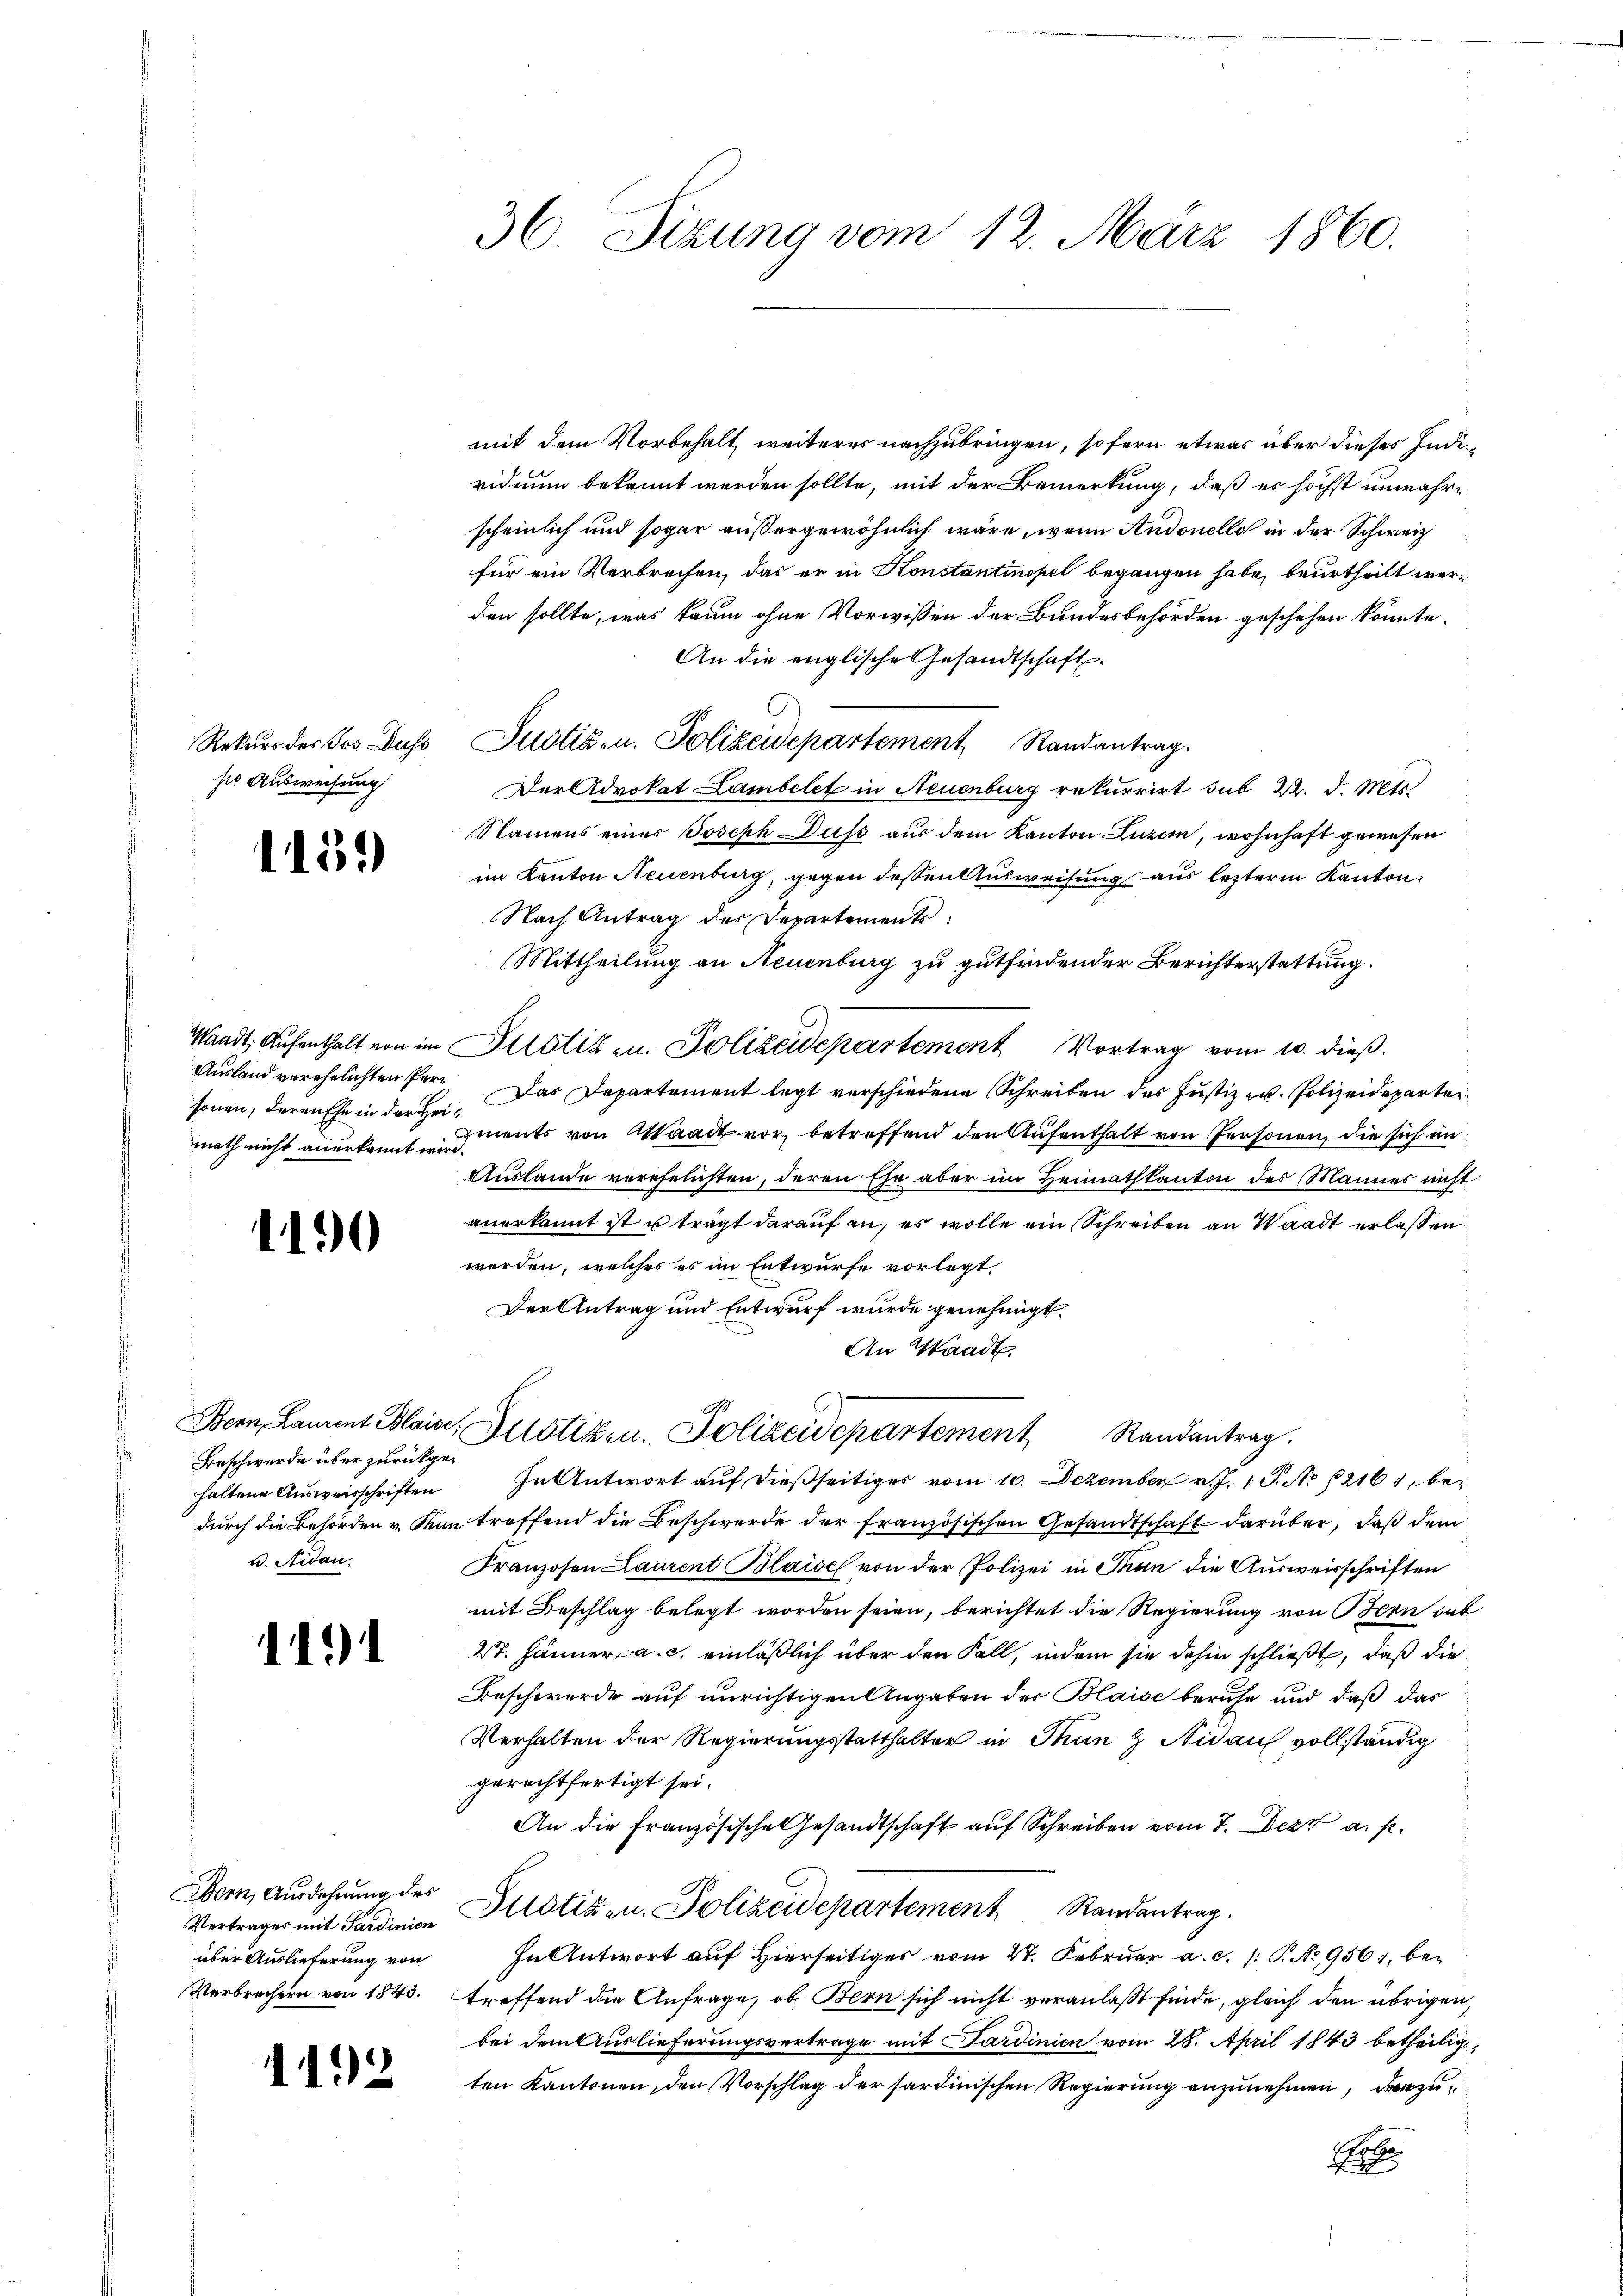
ser Ausweisung

1451)

Ausland verehelichten Personen, deren Ehe in der Hei¬

1190

Beschwerde über zurückgev. Nidau,

11)

Bern, Ausdehnung des
Vertrages mit Sardinien
Verbrechern von 1843.

1192

36. Sizung vom 12. März 1860.

mit dem Vorbehalt weiteres nachzubringen, sofern etwas über dieses Individium bekannt werden sollte, mit der Bemerkung, daß es höchst unwahrscheinlich und sogar außergewöhnlich wäre, wenn Andonello in der Schweiz
für ein Verbrechen, das er in Konstantinopel begangen habe, beurtheilt werden sollte, was kaum ohne Vorwissen der Bundesbehörden geschehen könnte.
An die englische Gesandtschaft
Rekurs der Jos. Duss, Justigen. Polizeidepartement Randantrag.
Der Advokat Lambelet in Neuenburg rekurrirt sub 22. d. Mts.
Namens einer Joseph Duss aus dem Kanton Luzern, wohnhaft gewesen
im Kanton Neuenburg, gegen dessen Ausweisung aus lezterm Kanton
Nach Antrag des Departements
Mittheilung an Neuenburg zu gutfindender Berichterstattung.
Waadt, Aufenthalt von im Justiz zu. Polizeidepartement Vortrag vom 10. dieß.
Das Departement legt verschiedene Schreiben des Justiz u. Polizeideparten
math nicht anerkannt ents von Waadt vor, betreffend den Aufenthalt von Personen, die sich in
Auslande verehelichten, deren Ehe aber im Heimathkanton des Mannes nicht
anerkannt ist u trägt darauf an, es wolle ein Schreiben an Waadt erlassen
werden, welches es im Entwurfe vorlegt.
Der Antrag und Entwurf wurde genehmigt.
An Waadt.
Bern, Laurent Bleise, Justiken. Polizeidepartement Randantrag.
haltene Ausweisschriften In Antwort auf dießseitiges vom 10. Dezember v. J. 1. P. No 12161, bedurch die Behörden v. Man treffend die Beschwerde der französischen Gesandtschaft darüber, daß dem
Franzosen Laurent Blaisch von der Polizei in Thun die Ausweisschriften
mit Beschlag belegt worden seien, berichtet die Regierung von Bern dab
27. Jänner a. c. einläßlich über den Fall, indem sie dahin schließt, daß die
Beschwerde auf unrichtigen Angaben der Blaise beruhe und daß das
Verhalten der Regierungsstatthalter in Tun & Nidau vollständig
gerechtfertigt sei.
An die Französische Gesandtschaft aŭf Schreiben vom 7. Dezt a. p.
Justizen. Polizeidepartement Standentrag.
über Auslieferung von In Antwort auf Hierseitiges vom 4. Februar a.c. (T. No 956, be-
treffend die Anfrage, ob Bern sich nicht veranlaßt finde, gleich den übrigen,
bei dem Auslieferungsvertrage mit Sardinien vom 28. April 1843 betheiligten Kantonen, den Vorschlag der sardinischen Regierung anzunehmen, der zu
E